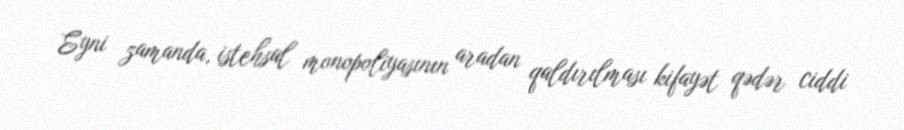
Eyni zamanda, istehsal monopoliyasının aradan qaldırılması kifayət qədər ciddi